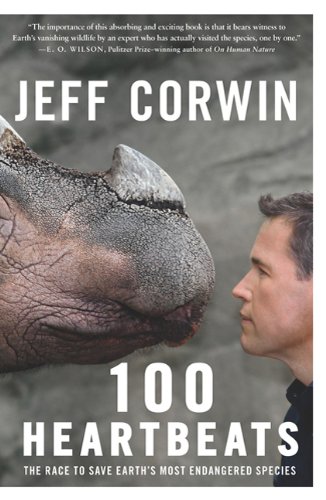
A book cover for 100 Heartbeats: The Race to Save Earth's Most Endangered Species; Jeff Corwin; Science & Math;